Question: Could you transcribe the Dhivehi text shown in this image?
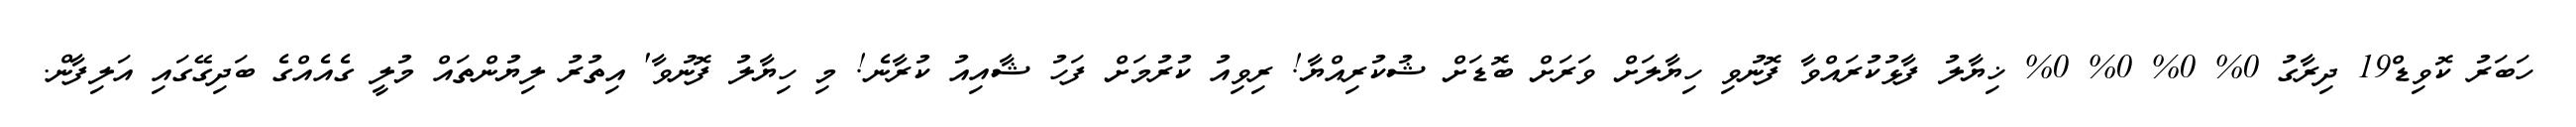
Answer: ހަބަރު ކޮވިޑް19 ދިރާގު 0% 0% 0% 0% ޚިޔާލު ފާޅުކުރައްވާ ފޮނުވި ހިޔާލަށް ވަރަށް ބޮޑަށް ޝުކުރިއްޔާ! ރިވިއު ކުރުމަށް ފަހު ޝާއިއު ކުރާނެ! މި ހިޔާލު ފޮނުވާ' އިތުރު ލިޔުންތައް މުލީ ގެއެއްގެ ބަދިގޭގައި އަލިފާން.